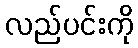
လည်ပင်းကို